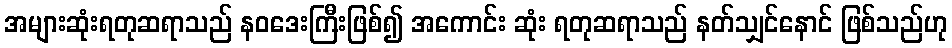
အများဆုံးရတုဆရာသည် နဝဒေးကြီးဖြစ်၍ အကောင်း ဆုံး ရတုဆရာသည် နတ်သျှင်နောင် ဖြစ်သည်ဟု